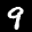
Label: 9